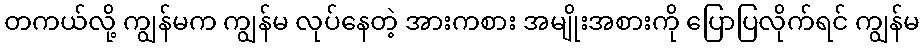
တကယ်လို့ ကျွန်မက ကျွန်မ လုပ်နေတဲ့ အားကစား အမျိုးအစားကို ပြောပြလိုက်ရင် ကျွန်မ